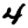
Digit: 4